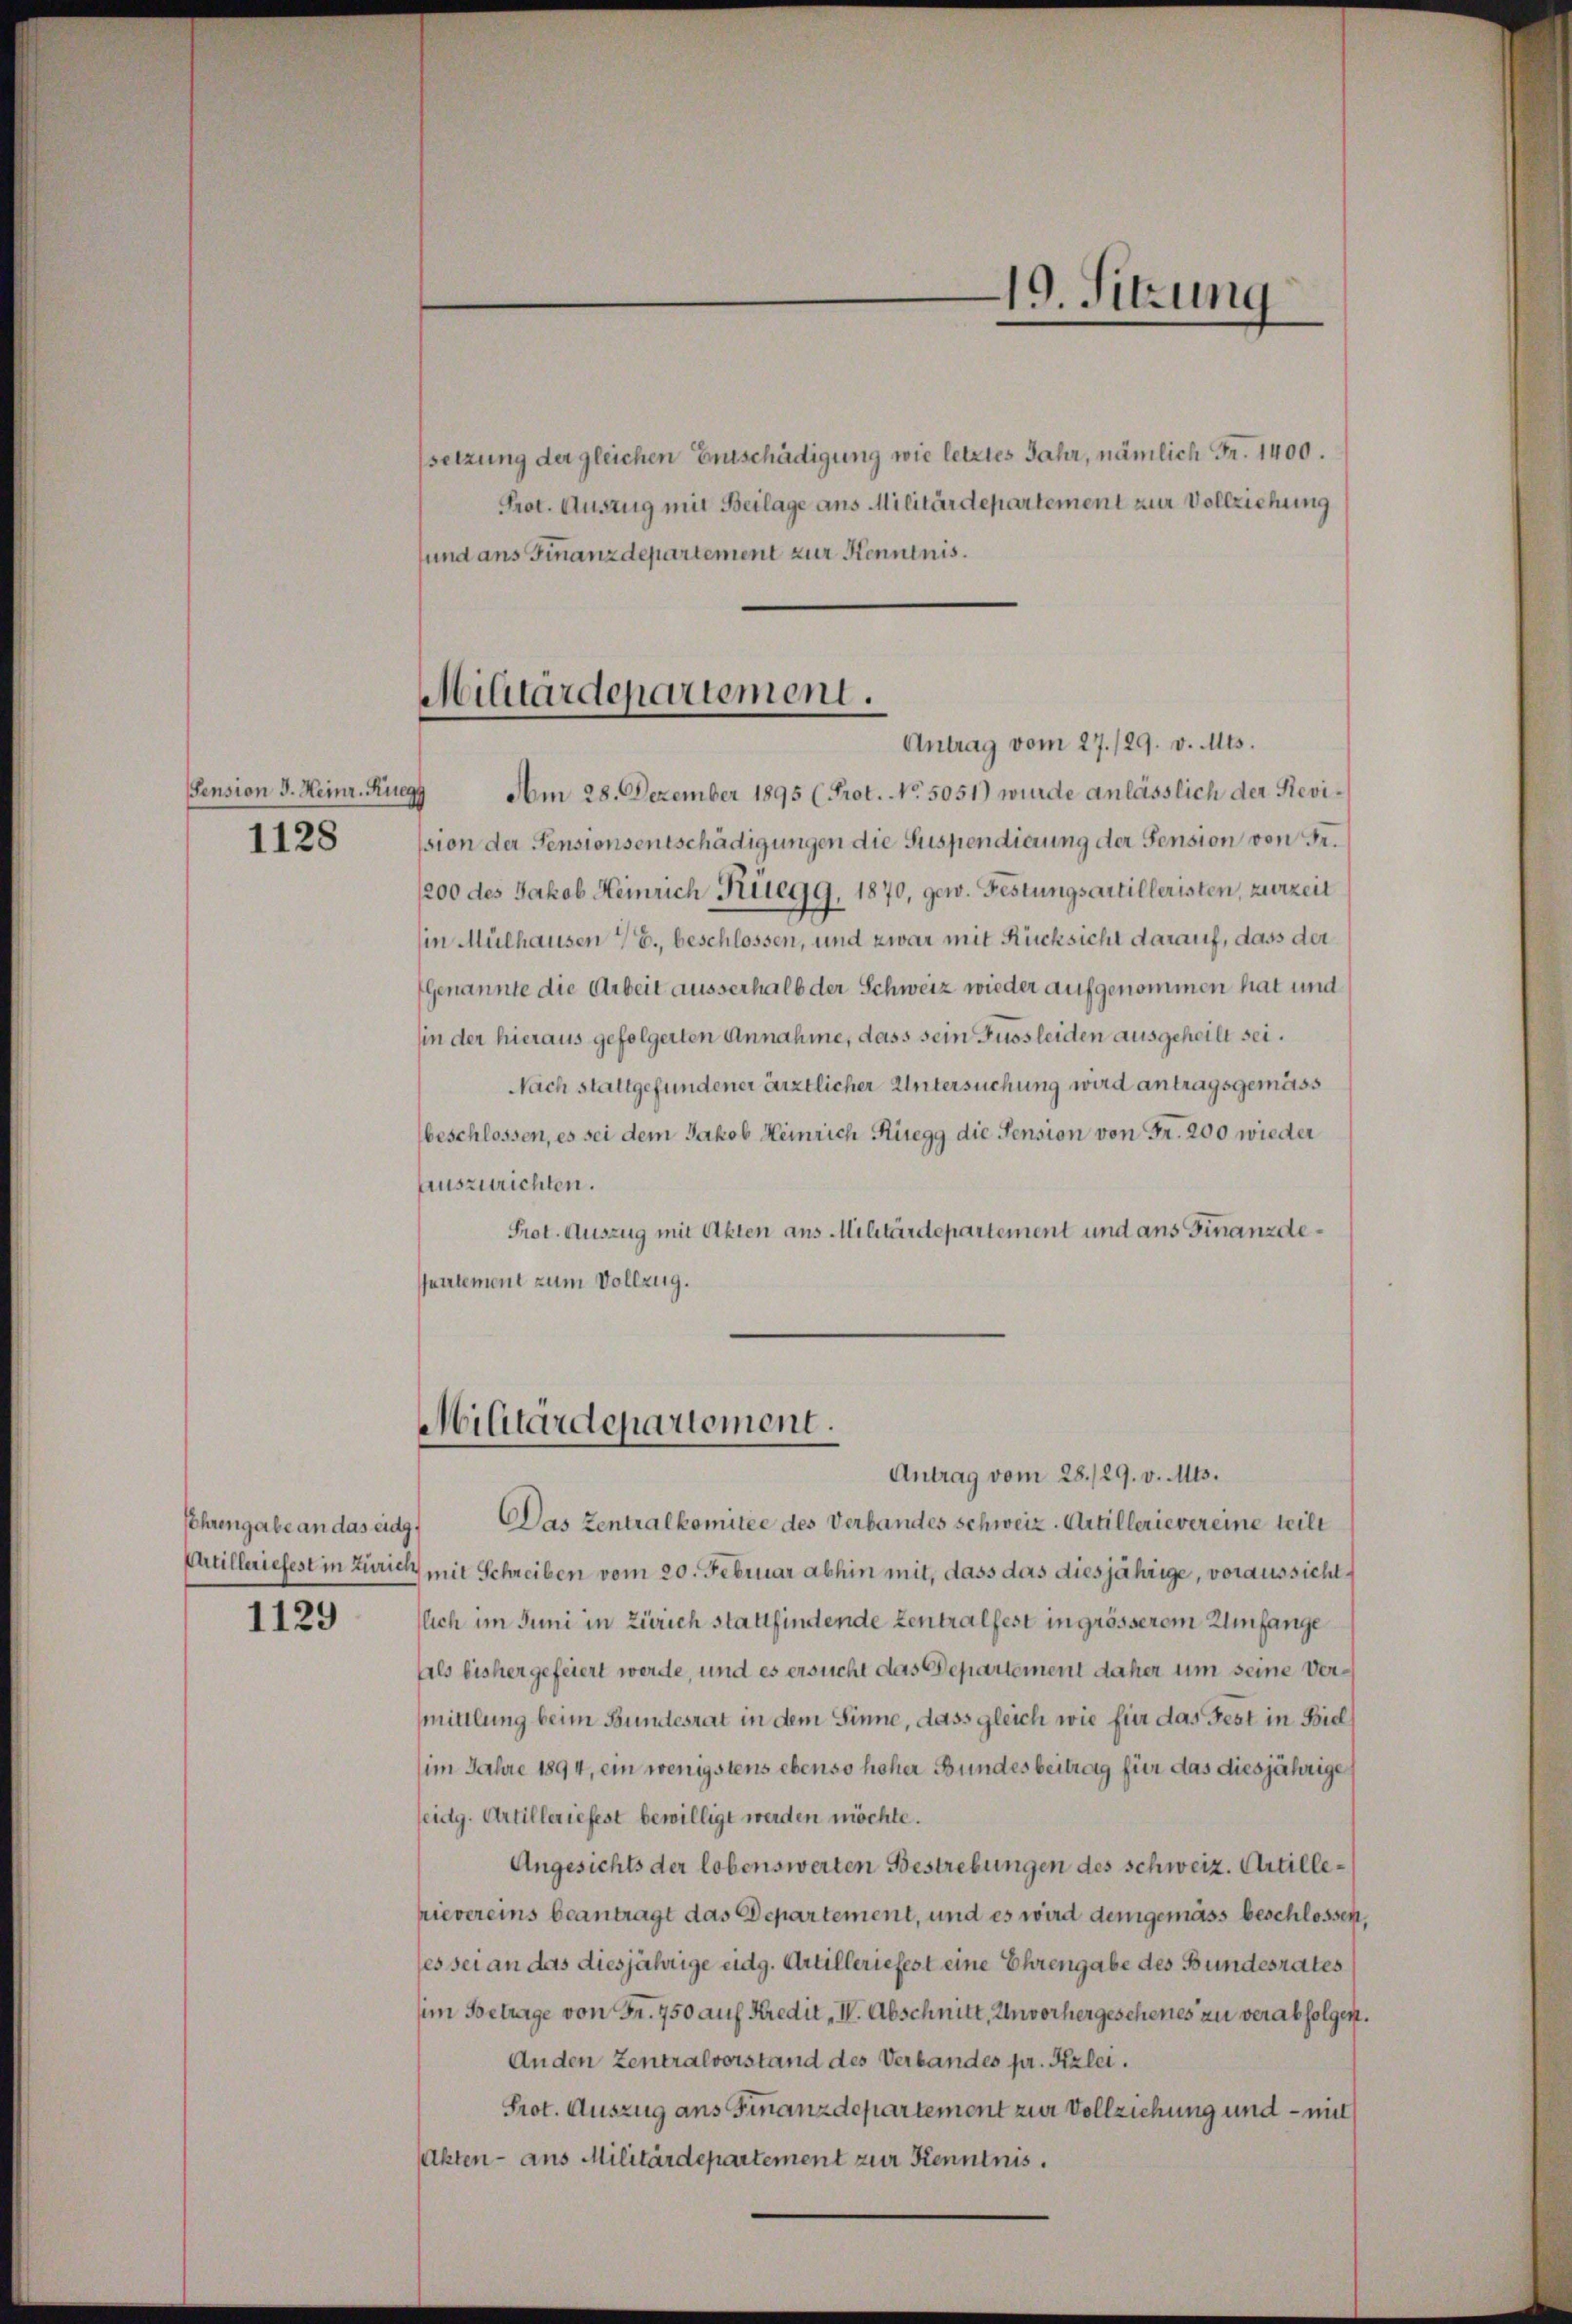
Pension J. Heinr. Ruegg
1128

Ehrengabe an das eidg.
1129

setzung der gleichen Entschädigung wie letztes Jahr, nämlich Fr. 1400.
Prot. Auszug mit Beilage aus Militärdepartement zur Vollziehung
und ans Finanzdepartement zur Kenntnis.

Militärdepartement.

Am 28. Dezember 1895 (Prot. No. 5051) wurde anlässlich der Revission der Pensionsentschädigungen die Suspendierung der Pension von Fr.
1200 des Jakob Heinrich Rüegg, 1870, gew. Festungsartilleristen, zurzeit
in Mülhausen / E., beschlossen, und zwar mit Rücksicht darauf, dass der
Genannte die Arbeit ausserhalb der Schweiz wieder aufgenommen hat und
in der hieraus gefolgerten Annahme, dass sein Fussleiden ausgeheilt sei.
Nach stattgefundener ärztlicher Untersuchung wird antragsgemäss
beschlossen, es sei dem Jakob Heinrich Rüegg die Pension von Fr. 200 wieder
Auszurichten.
Prot. Auszug mit Akten aus Militärdepartement und ans Finanzdenalement zum Vollzug.

Militärdepartement.

Antrag vom 28./29. v. Mts.
Das Zentralkomitee des Verbandes schweiz. Artillerievereine teilt
Artilleriefest in Zürich mit Schreiben vom 20. Februar abhin mit, dass das diesjährige, voraussicht
lich im Juni in Zürich stattfindende Zentralfest in grösserem Umfange
Als bisher gefeiert werde, und es ersucht das Departement daher um seine Versmittlung beim Bundesrat in dem Sinne, dass gleich wie für das Fest in Biel
(im Jahre 1894, ein wenigstens ebenso hoher Bundesbeitrag für das diesjährige
seidg. Artilleriefest bewilligt werden möchte.
Angesichts der lobenswerten Bestrebungen des Schweiz. Artillerievereins beantragt das Departement, und es wird demgemäss beschlossen,
ses sei an das diesjährige eidg. Artilleriefest eine Ehrengabe des Bundesrates
(im Betrage von Fr. 750 auf Kredit, I. Abschnitt, Unvorhergeschenes zu verabfolgen.
Anden Zentralvorstand des Verbandes pr. Kzlei.
Prot. Auszug ans Finanzdepartement zur Vollziehung und – mit
Akten - aus Militärdepartement zur Kenntnis.

19. Sitzung

Antrag vom 27./29. v. Mts.